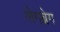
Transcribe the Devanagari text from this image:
लेगब्रेग